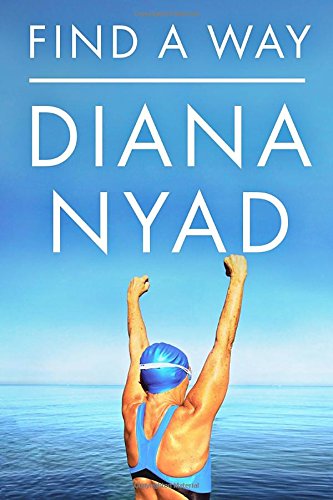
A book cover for Find a Way; Diana Nyad; Biographies & Memoirs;